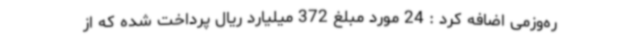
ره‌وزمی اضافه کرد : 24 مورد مبلغ 372 میلیارد ریال پرداخت شده که از